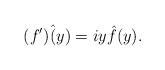
LaTeX: \begin{align*}(f^{\prime})\hat(y)=iy\hat{f}(y).\end{align*}